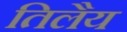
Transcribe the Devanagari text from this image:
तिलैय